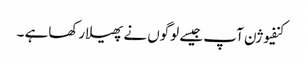
کنفیوژن آپ جیسے لوگوں نے پھیلارکھاہے ۔